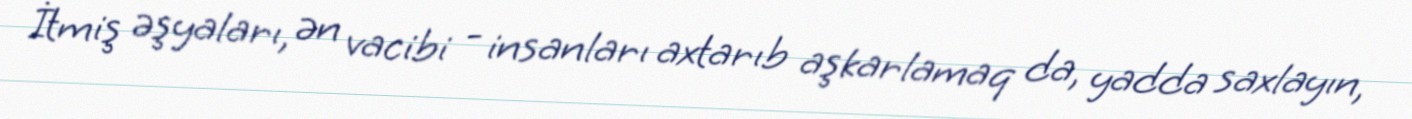
İtmiş əşyaları, ən vacibi - insanları axtarıb aşkarlamaq da, yadda saxlayın,